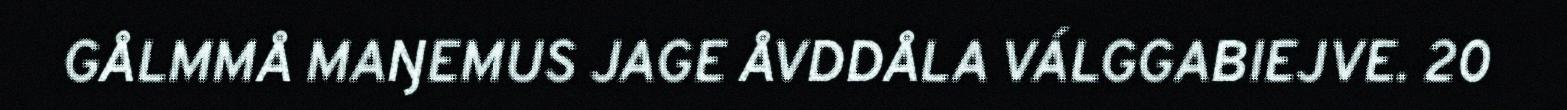
GÅLMMÅ MAŊEMUS JAGE ÅVDDÅLA VÁLGGABIEJVE. 20